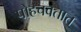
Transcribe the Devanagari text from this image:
पोहचवतात